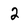
Character: 2